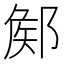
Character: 𨜫